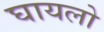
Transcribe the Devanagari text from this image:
घायलो